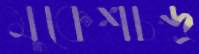
মুকেশচন্দ্র